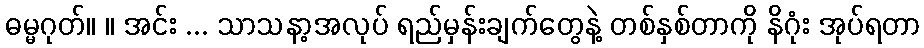
ဓမ္မဂုတ်။ ။ အင်း ... သာသနာ့အလုပ် ရည်မှန်းချက်တွေနဲ့ တစ်နှစ်တာကို နိဂုံး အုပ်ရတာ